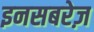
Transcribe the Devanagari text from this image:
इनसबरेज़